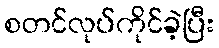
စတင်လုပ်ကိုင်ခဲ့ပြီး